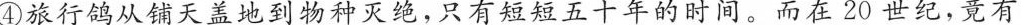
旅行鸽从铺天盖地到物种灭绝，只有短短五十年的时间。而在20世纪，竟有